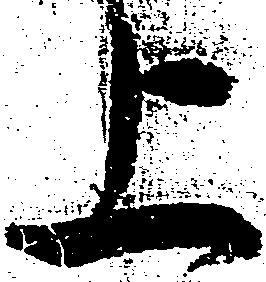
上